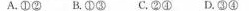
A.①②B.①③C.②④D.③④